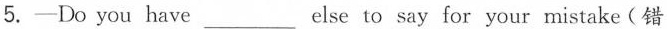
5.-Do you have___ else to say for your mistake(错